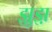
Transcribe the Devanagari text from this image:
झ़ुझ़